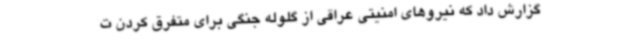
گزارش داد که نیروهای امنیتی عراقی از گلوله جنگی برای متفرق کردن ت